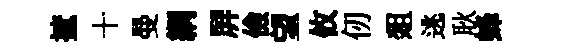
摭十曼綱屛儉望攸仞爼逃耿蜂